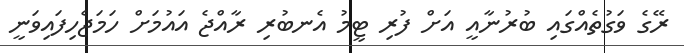
ރޭގެ ވަގުތެއްގައި ބުރުނާއީ އަށް ފުރި ޓީމު އެނބުރި ރާއްޖެ އައުމަށް ހަމަޖެހިފައިވަނީ